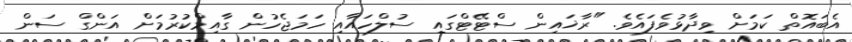
އެބައޮތް ކަމަށް ވިދާޅުވެފައެވެ. "ރާޚައިން ސްޓޭޓްގައި ސުލްހައާއި ހަމަޖެހުން ގާއިމްކުރުމަށް އަންގް ސަން